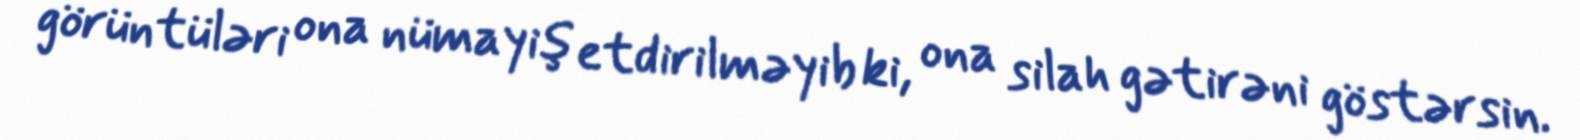
görüntüləri ona nümayiş etdirilməyib ki, ona silah gətirəni göstərsin.